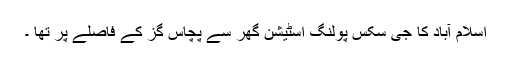
اسلام آباد کا جی سکس پولنگ اسٹیشن گھر سے پچاس گز کے فاصلے پر تھا ۔